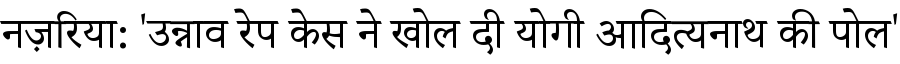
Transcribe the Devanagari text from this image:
नज़रिया: 'उन्नाव रेप केस ने खोल दी योगी आदित्यनाथ की पोल'